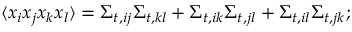
\langle x _ { i } x _ { j } x _ { k } x _ { l } \rangle = \Sigma _ { t , i j } \Sigma _ { t , k l } + \Sigma _ { t , i k } \Sigma _ { t , j l } + \Sigma _ { t , i l } \Sigma _ { t , j k } ;